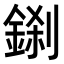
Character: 𮢎